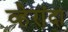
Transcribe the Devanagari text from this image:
व्हेरांदा